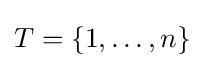
T=\{1,\ldots ,n\}\,\!